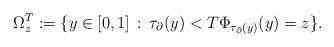
LaTeX: \begin{align*}\Omega_z^T := \{ y\in[0,1] \,:\, \tau_\partial(y)<T \Phi_{\tau_\partial(y)}(y)=z \}.\end{align*}